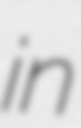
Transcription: in